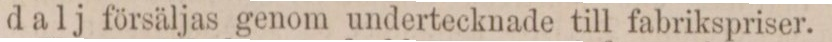
dalj försäljas genom undertecknade till fabrikspriser.